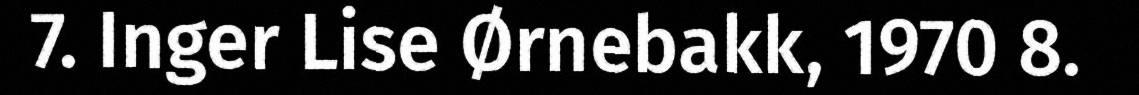
7. Inger Lise Ørnebakk, 1970 8.